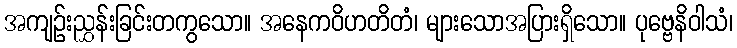
အကျဉ်းညွှန်းခြင်းတကွသော။ အနေကဝိဟတိတံ၊ များသောအပြားရှိသော။ ပုဗ္ဗေနိဝါသံ၊